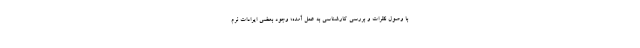
با وصول نظرات و بررسی کارشناسی به عمل آمده؛ وجود بعضی ایرادات نرم